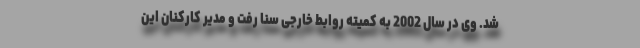
شد. وی در سال 2002 به کمیته روابط خارجی سنا رفت و مدیر کارکنان این